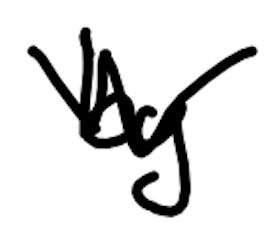
Text: by
Cross-out: zig-zag
Writing tool: digital_black